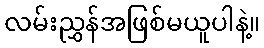
လမ်းညွှန်အဖြစ်မယူပါနဲ့။